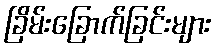
ခြိမ်းခြောက်ခြင်းများ